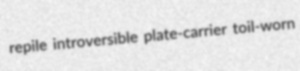
repile introversible plate-carrier toil-worn